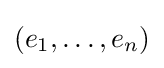
(e_{1},\dots ,e_{n})